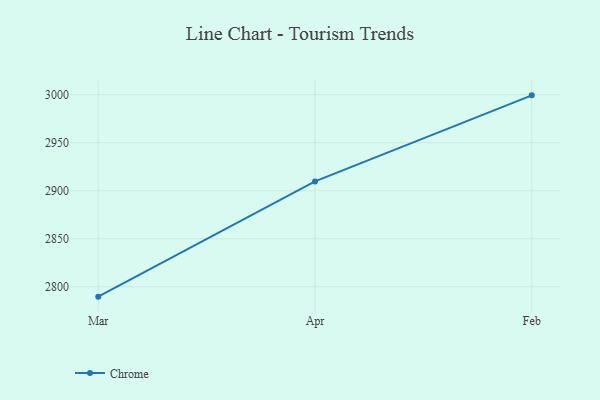
{"axis": {"x": "Month", "y": "Energy Usage (MWh)"}, "legend": ["Chrome"], "data": [{"x": "Mar", "y": 2789.7, "type": "Chrome"}, {"x": "Apr", "y": 2909.7, "type": "Chrome"}, {"x": "Feb", "y": 2999.3, "type": "Chrome"}]}